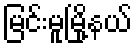
မြင်းမူမြို့နယ်